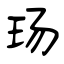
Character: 玚